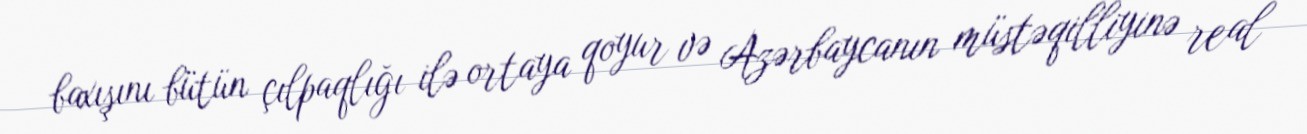
baxışını bütün çılpaqlığı ilə ortaya qoyur və Azərbaycanın müstəqilliyinə real